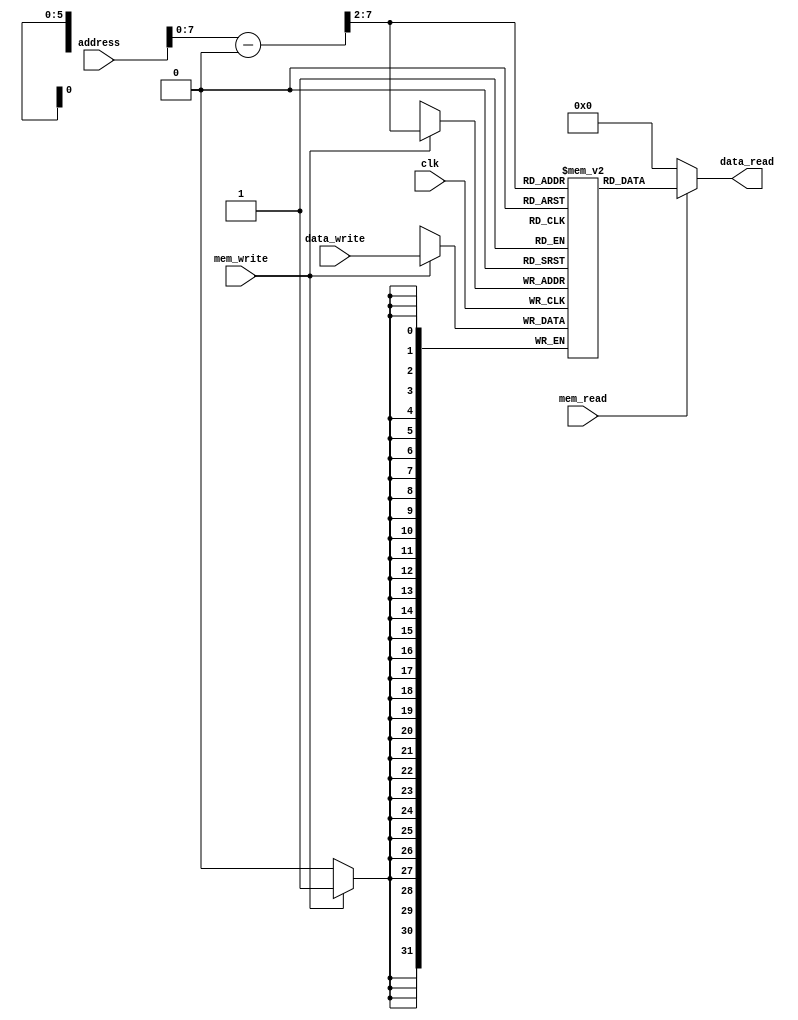
module memory(
  input clk, mem_read, mem_write,
  input [31:0] address, data_write,
  output reg [31:0] data_read
);

  reg [31:0] mem [0:63]; // 64K???
  
  always@(*)begin
    if(mem_read)
      data_read <= mem[(address-1024)>>2];
    else
      data_read <= 0;
  end
  
  always@(posedge clk)begin
    if(mem_write)begin
        mem[(address-1024)>>2] <= data_write;
    end
  end
    

endmodule